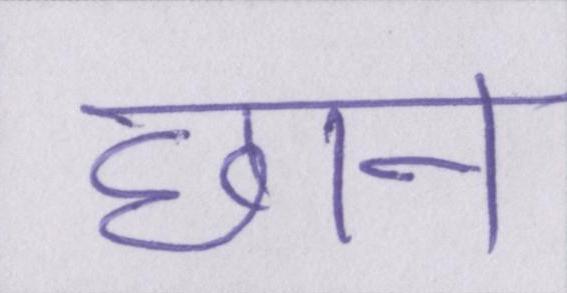
छान